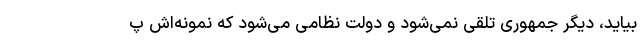
بیاید، دیگر جمهوری تلقی نمی‌شود و دولت نظامی می‌شود که نمونه‌اش پ